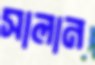
সালান